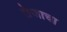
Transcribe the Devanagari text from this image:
तेजाचा